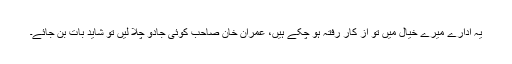
یہ ادارے میرے خیال میں تو از کارِ رفتہ ہو چکے ہیں، عمران خان صاحب کوئی جادو چلا لیں تو شاید بات بن جائے۔